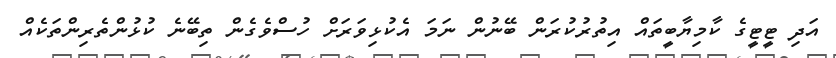
އަދި ޓީޓީގެ ކާމިޔާބީތައް އިތުރުކުރަން ބޭނުން ނަމަ އެކުޅިވަރަށް ހުސްވެގެން ތިބޭނެ ކުޅުންތެރިންތަކެއް